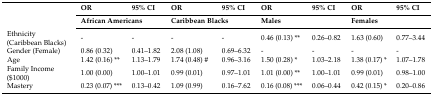
<table><thead><tr><td></td><td><b>OR</b></td><td><b>95% CI</b></td><td><b>OR</b></td><td><b>95% CI</b></td><td><b>OR</b></td><td><b>95% CI</b></td><td><b>OR</b></td><td><b>95% CI</b></td></tr><tr><td></td><td colspan="2"><b>African Americans</b></td><td colspan="2"><b>Caribbean Blacks</b></td><td colspan="2"><b>Males</b></td><td colspan="2"><b>Females</b></td></tr></thead><tbody><tr><td>Ethnicity (Caribbean Blacks)</td><td>-</td><td>-</td><td>-</td><td>-</td><td>0.46 (0.13) **</td><td>0.26–0.82</td><td>1.63 (0.60)</td><td>0.77–3.44</td></tr><tr><td>Gender (Female)</td><td>0.86 (0.32)</td><td>0.41–1.82</td><td>2.08 (1.08)</td><td>0.69–6.32</td><td>-</td><td>-</td><td>-</td><td>-</td></tr><tr><td>Age</td><td>1.42 (0.16) **</td><td>1.13–1.79</td><td>1.74 (0.48) #</td><td>0.96–3.16</td><td>1.50 (0.28) *</td><td>1.03–2.18</td><td>1.38 (0.17) *</td><td>1.07–1.78</td></tr><tr><td>Family Income ($1000)</td><td>1.00 (0.00)</td><td>1.00–1.01</td><td>0.99 (0.01)</td><td>0.97–1.01</td><td>1.01 (0.00) **</td><td>1.00–1.01</td><td>0.99 (0.01)</td><td>0.98–1.00</td></tr><tr><td>Mastery</td><td>0.23 (0.07) ***</td><td>0.13–0.42</td><td>1.09 (0.99)</td><td>0.16–7.62</td><td>0.16 (0.08) ***</td><td>0.06–0.44</td><td>0.42 (0.15) *</td><td>0.20–0.86</td></tr></tbody></table>